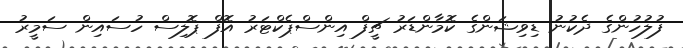
ފުލުހުންގެ ދެކުނު ޑިވިޝަންގެ ކޮމާންޑަރު ޗީފް އިންސްޕެކްޓަރު އޮފް ޕޮލިސް ހުސައިން ސަމީރު